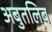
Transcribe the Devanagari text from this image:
अबुतलिब